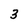
Character: 3